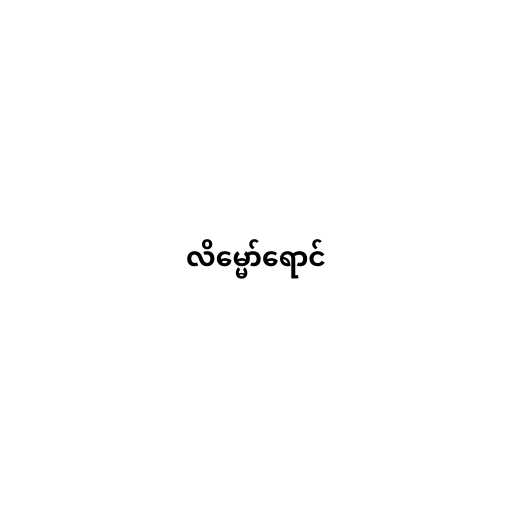
လိမ္မော်ရောင်